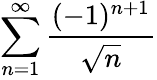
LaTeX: \sum_{n=1}^{\infty}\frac{(-1)^{n+1}}{\sqrt{n}}